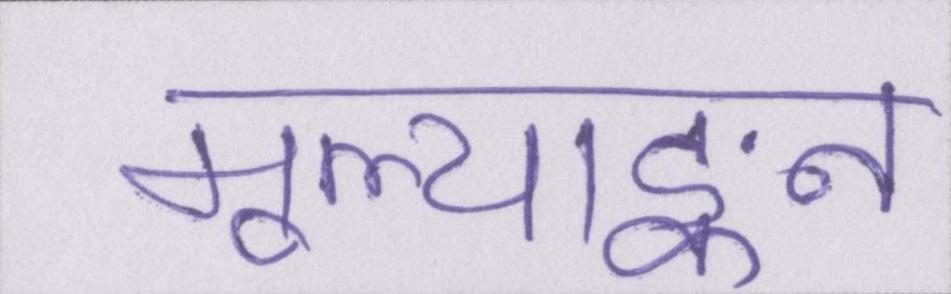
मूल्याङ्कन